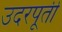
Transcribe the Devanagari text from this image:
उदरपूर्ती